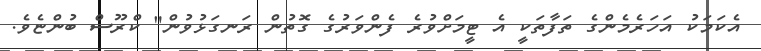
އެކަމަކު އަހަރެމެންގެ ތަފާތަކީ އެ ޓީމަށްވުރެ ފެންވަރުގެ ގޮތުން ރަނގަޅުވުން" ކްރޫސް ބުންޏެވެ.